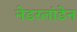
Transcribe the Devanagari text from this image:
नेडरलांडेन